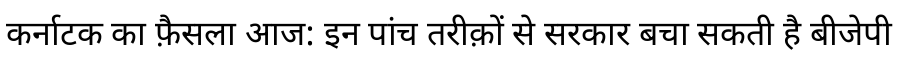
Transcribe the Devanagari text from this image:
कर्नाटक का फ़ैसला आज: इन पांच तरीक़ों से सरकार बचा सकती है बीजेपी